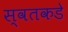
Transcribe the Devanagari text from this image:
स्वतकडे